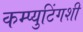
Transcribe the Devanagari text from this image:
कम्प्युटिंगशी